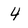
Character: 4